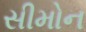
સીમોન